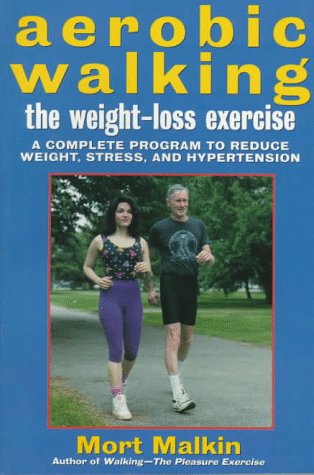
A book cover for Aerobic Walking The Weight-Loss Exercise: A Complete Program to Reduce Weight, Stress, and Hypertension; Mort Malkin; Health, Fitness & Dieting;